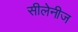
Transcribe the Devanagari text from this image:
सीलेनीज